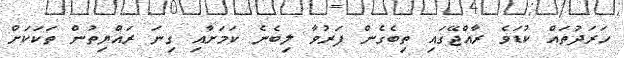
ހަރަދުތައް ކުޑަވެ ރާއްޖޭގައި ތިބެގެން ފަރުވާ ލިބެނެ ކަމަށާއި ގިނަ ރައްޔިތުން ތަކަކަށް